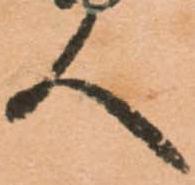
人